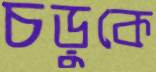
চড়ুকে